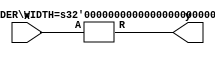
`timescale 1ns / 1ps

//Rounder circuit with parameter mapping

module testRounder(x,y);
	input [15:0] x;
	output [15:0] y;
	
	ROUNDER #(.WIDTH(16)) ROUNDER_1(x, y);
	
endmodule


//module 
module ROUNDER #(parameter WIDTH = 8)(A, R); 
   input [WIDTH-1:0] A;
   output reg [WIDTH-1:0] R;
   
   always @(A) begin
      R <= A + A % 2;
   end
endmodule